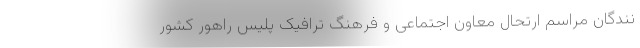
نندگانِ مراسم ارتحال معاون اجتماعی و فرهنگ ترافیک پلیس راهور کشور